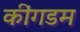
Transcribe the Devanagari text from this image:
कींगडम